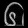
Digit: ၆